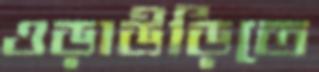
ওড়াউড়িতে